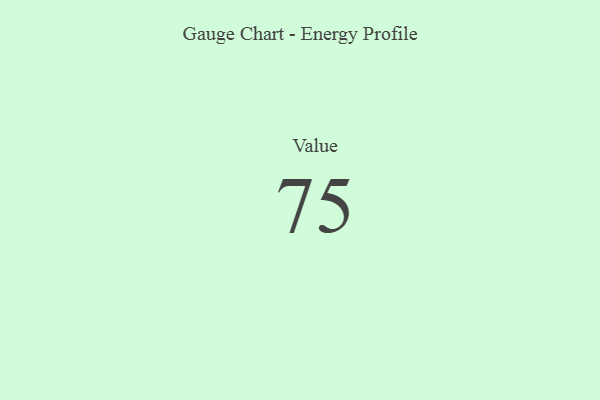
{"axis": {"x": "Metric", "y": "Value"}, "legend": [""], "data": [{"x": "Value", "y": 75, "type": ""}]}